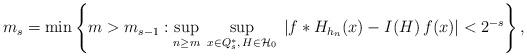
LaTeX: \begin{align*}m_{s}=\min \left\{ m>m_{s-1}:\sup_{n\geq m}\;\sup_{x\in Q_{s}^{*},\,H\in{\cal H}_{0}}\;|f*H_{h_{n}}(x)-I(H)\,f(x)|<2^{-s}\right\} , \end{align*}